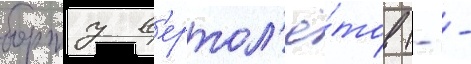
борту в'ертол'ё́тов (- -